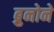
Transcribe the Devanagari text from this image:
ब्रुनोने